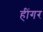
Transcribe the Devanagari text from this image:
हींगर